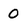
Character: 0